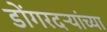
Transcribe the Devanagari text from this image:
डोंगरदऱ्यांच्या